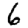
Digit: 6